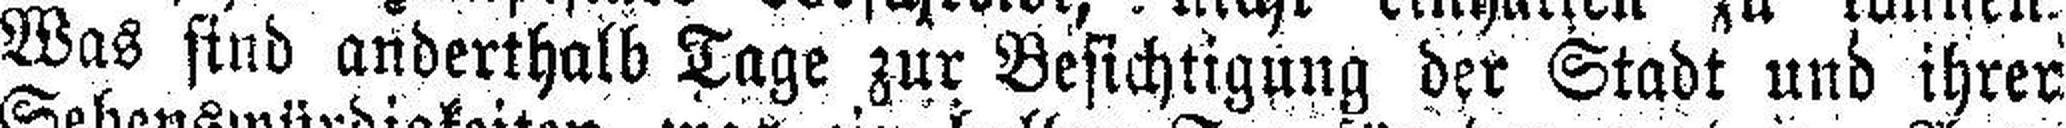
Was sind anderthalb Tage zur Besichtigung der Stadt und ihrer